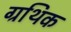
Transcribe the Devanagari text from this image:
ग्रथिक